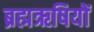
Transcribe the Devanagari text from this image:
ब्रह्मऋषियों